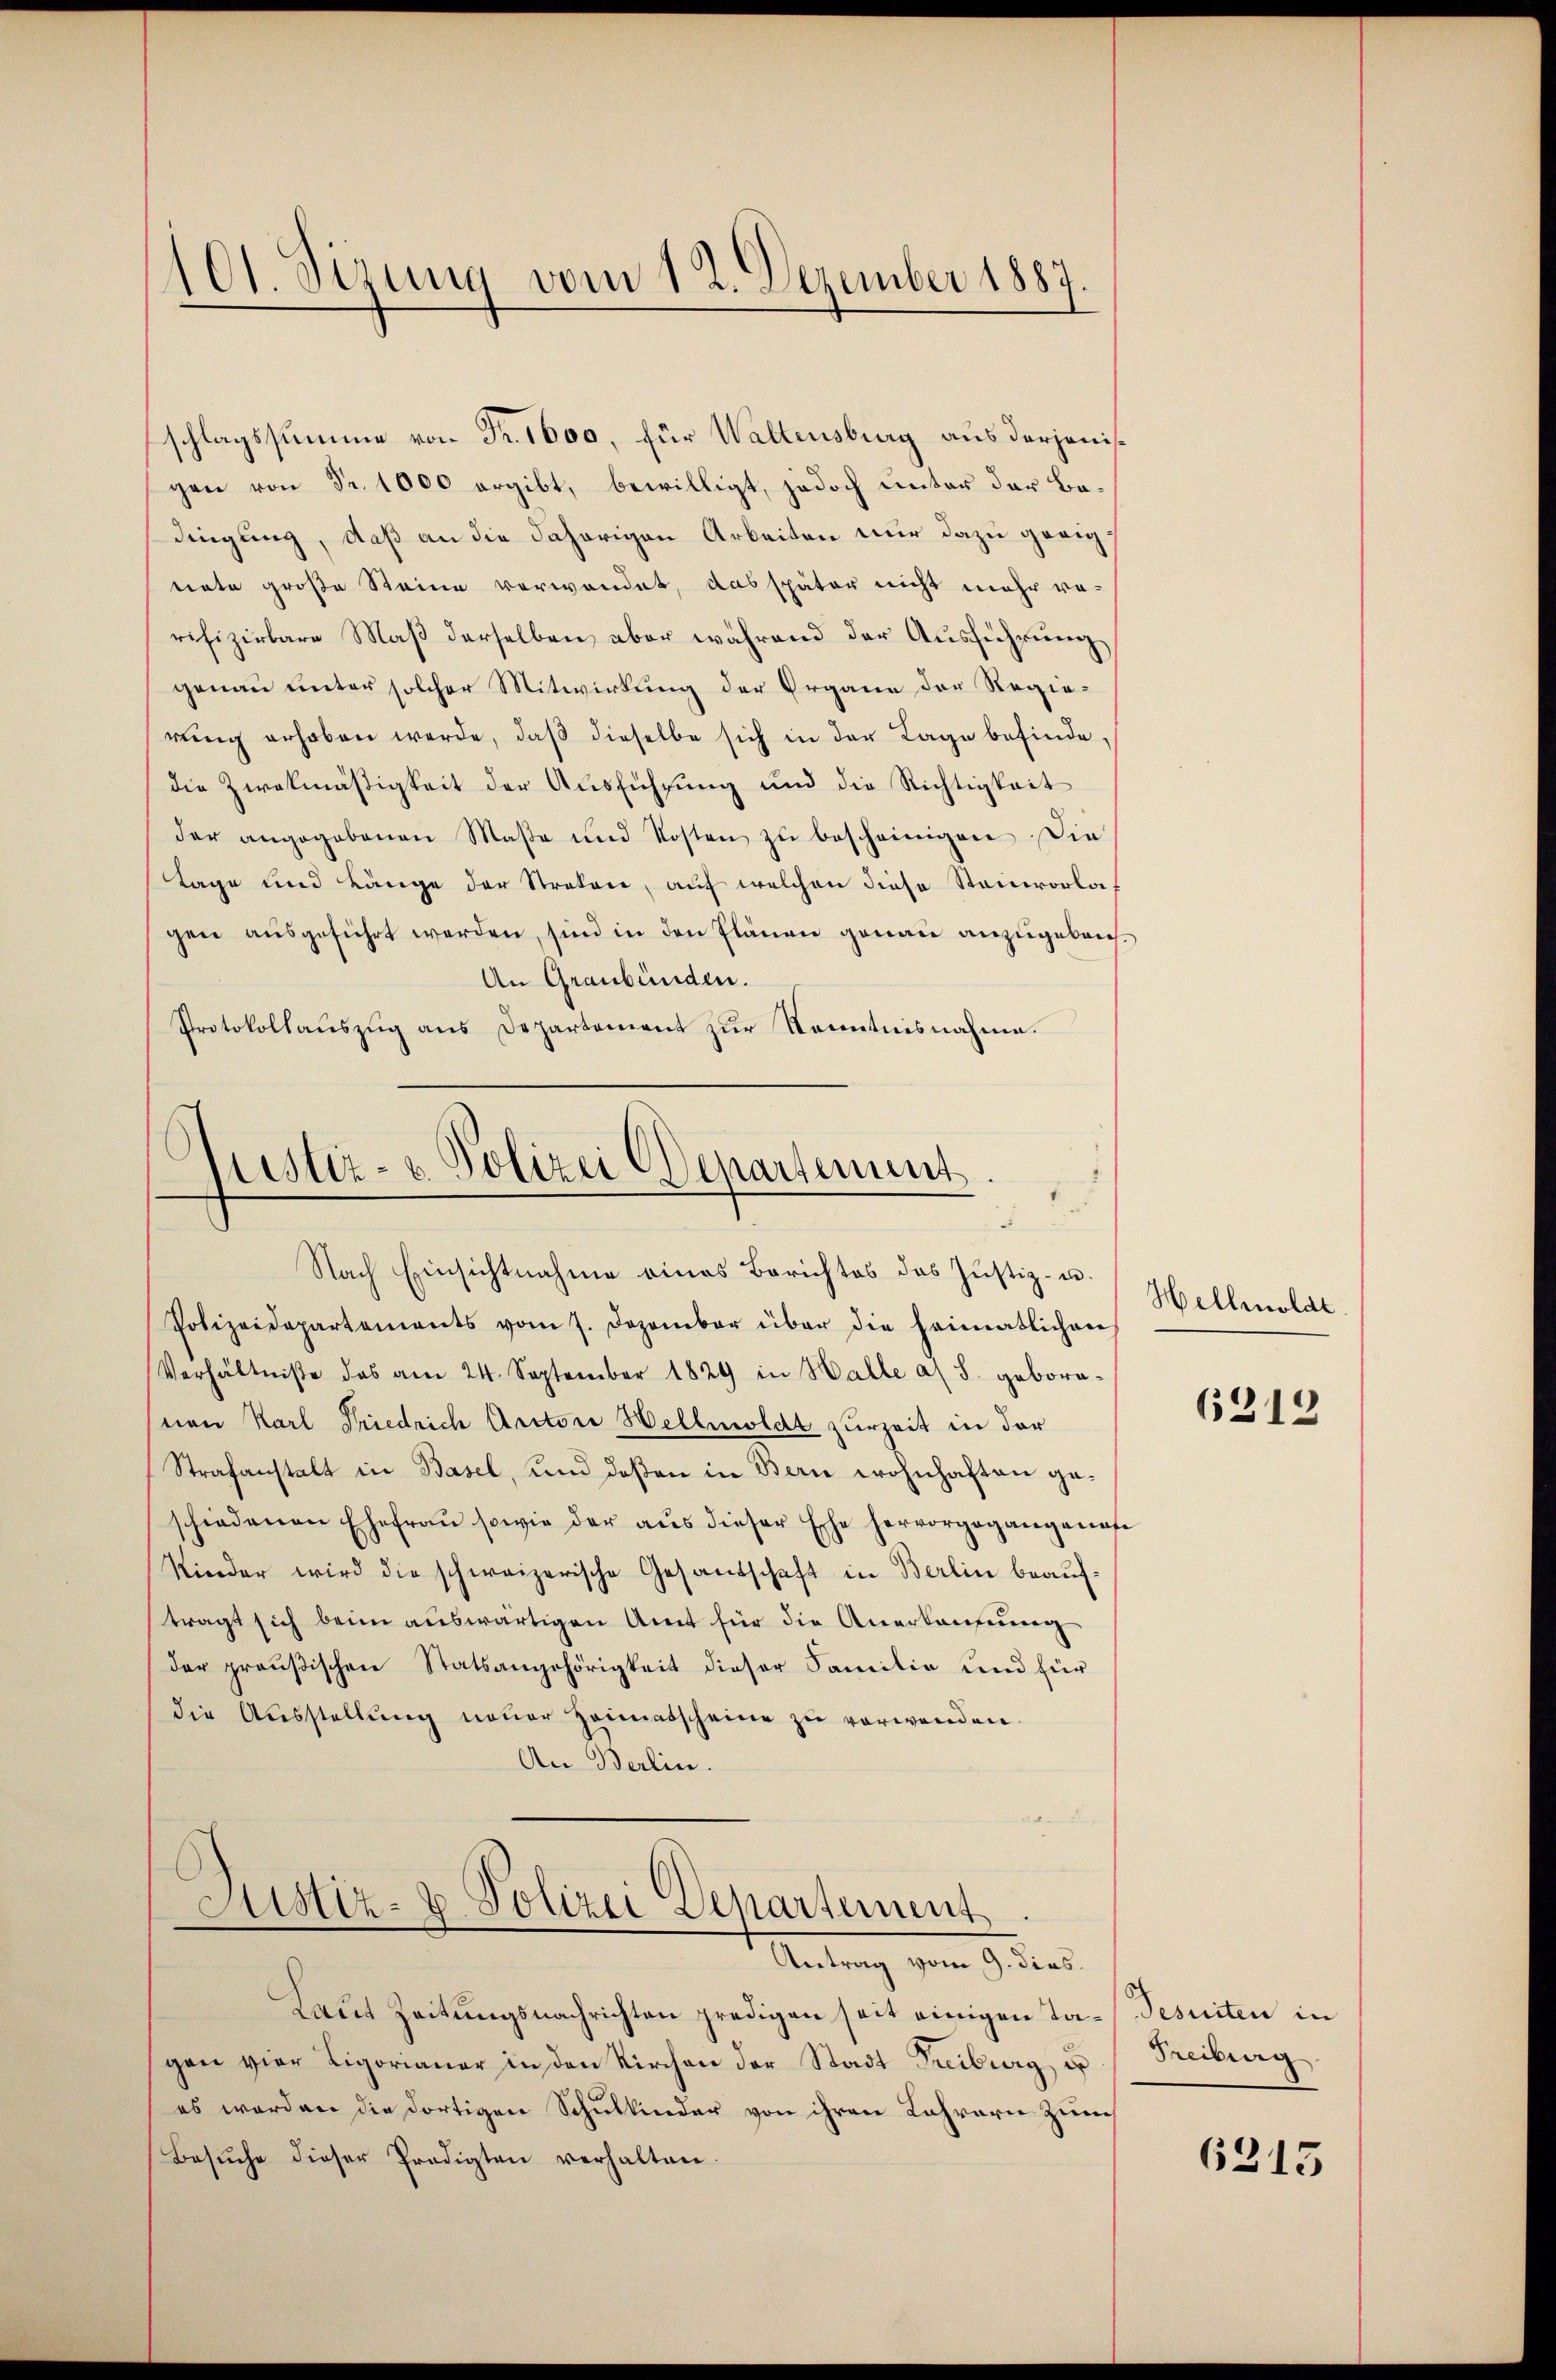
101. Sizung vom 12. Dezember 1887.

schlagssumme von Fr. 1600, für Waltensburg aus derjenisgen von Fr. 1000 ergibt, bewilligt, jedoch unter der Bedingung, daß an die daherigen Arbeiten nur dazu geeignate große Steine verwendet, das später nicht mehr re-
rifizirbare Maß derselben aber während der Ausführung
genau unter solcher Mitwirkung der Organe der Regierŭng erhoben werde, daβ dieselbe sich in der Lage befinde,
die Zweckmäßigkeit der Ausführung und die Richtigkeit
der angegebenen Maße und Kosten zŭ bescheinigen. Die
Tage und Länge der Streken, auf welchen diese Stainvorlagen ausgeführt werden, sind in den Plänen genau anzugebrech¬
An Graubünden.
Protokollauszug aus Departement zur Kenntnisnahme.

Polizeidepartements vom 7. Dezember über die Heimatlichen
Verhältniße des am 24. September 1829 in Halle a S. geborn-
(von Karl Friedrich Autori Hellmoldt zurzeit in der
Strafanstalt in Basel, und deßen in Bern wohnhaften geschiedenen Ehefrau sowie der aus dieser Ehe hervorgegangenan
Kinder wird die schweizerische Gesandschaft in Berlin beauftragt sich beim auswärtigen Amt für die Anerkaufung
der preußischen Statsangehörigkeit dieser Familie und für
die Ausstellung neuer Heimatscheine zu verwenden.
An Berlin.

Justiz- & Polizei Departement
Nach Einsichtnahme eines Berichtes das Justiz- u.

s
Justiz- & Polizei Departement
Antrag vom 9. dies

Laut Zeitungsnachrichten predigen seit einigen Ta-Jesuiten in
gan vier Ligorianer in den Kirchen der Stadt Freiburg u Freiburg
es werden die dortigen Schulkinder von ihren Lehrern zum
Besŭche dieser Prädigten verhalten.

Hellmoldt

6312

6315